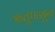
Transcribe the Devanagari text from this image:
ऋतूपासून